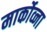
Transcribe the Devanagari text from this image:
मार्कोव्ना